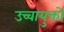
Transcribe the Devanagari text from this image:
उच्चायुक्तों